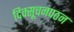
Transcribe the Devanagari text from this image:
दिक्सूचनपठन